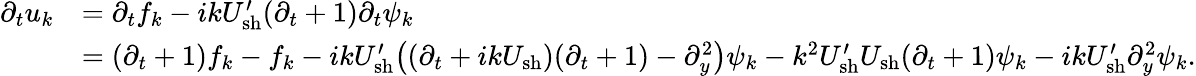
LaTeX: \begin{array}{rl}{\partial_{t}u_{k}}&{=\partial_{t}f_{k}-ikU_{\mathrm{sh}}^{\prime}(\partial_{t}+1)\partial_{t}\psi_{k}}\\ &{=(\partial_{t}+1)f_{k}-f_{k}-ikU_{\mathrm{sh}}^{\prime}\big((\partial_{t}+ikU_{\mathrm{sh}})(\partial_{t}+1)-\partial_{y}^{2}\big)\psi_{k}-k^{2}U_{\mathrm{sh}}^{\prime}U_{\mathrm{sh}}(\partial_{t}+1)\psi_{k}-ikU_{\mathrm{sh}}^{\prime}\partial_{y}^{2}\psi_{k}.}\end{array}